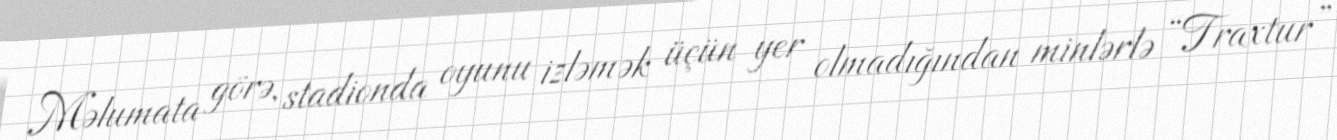
Məlumata görə, stadionda oyunu izləmək üçün yer olmadığından minlərlə “Traxtur”